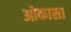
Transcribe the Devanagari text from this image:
ओकासा